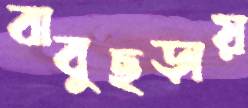
বাবুছড়ায়